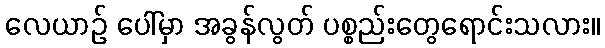
လေယာဉ် ပေါ်မှာ အခွန်လွတ် ပစ္စည်းတွေရောင်းသလား။